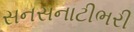
સનસનાટીભરી